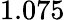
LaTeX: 1.075